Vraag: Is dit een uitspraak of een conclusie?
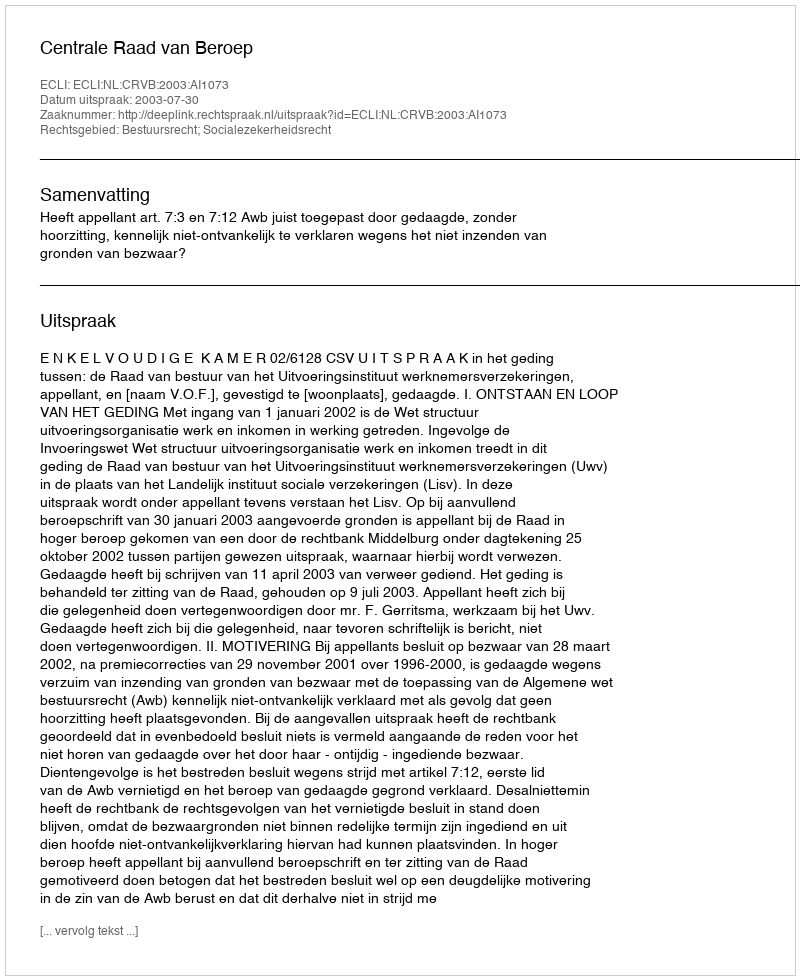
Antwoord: Uitspraak